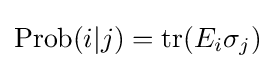
{\text{Prob}}(i|j)=\operatorname {tr} (E_{i}\sigma _{j})